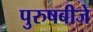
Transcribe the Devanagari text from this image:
पुरुषबीजे